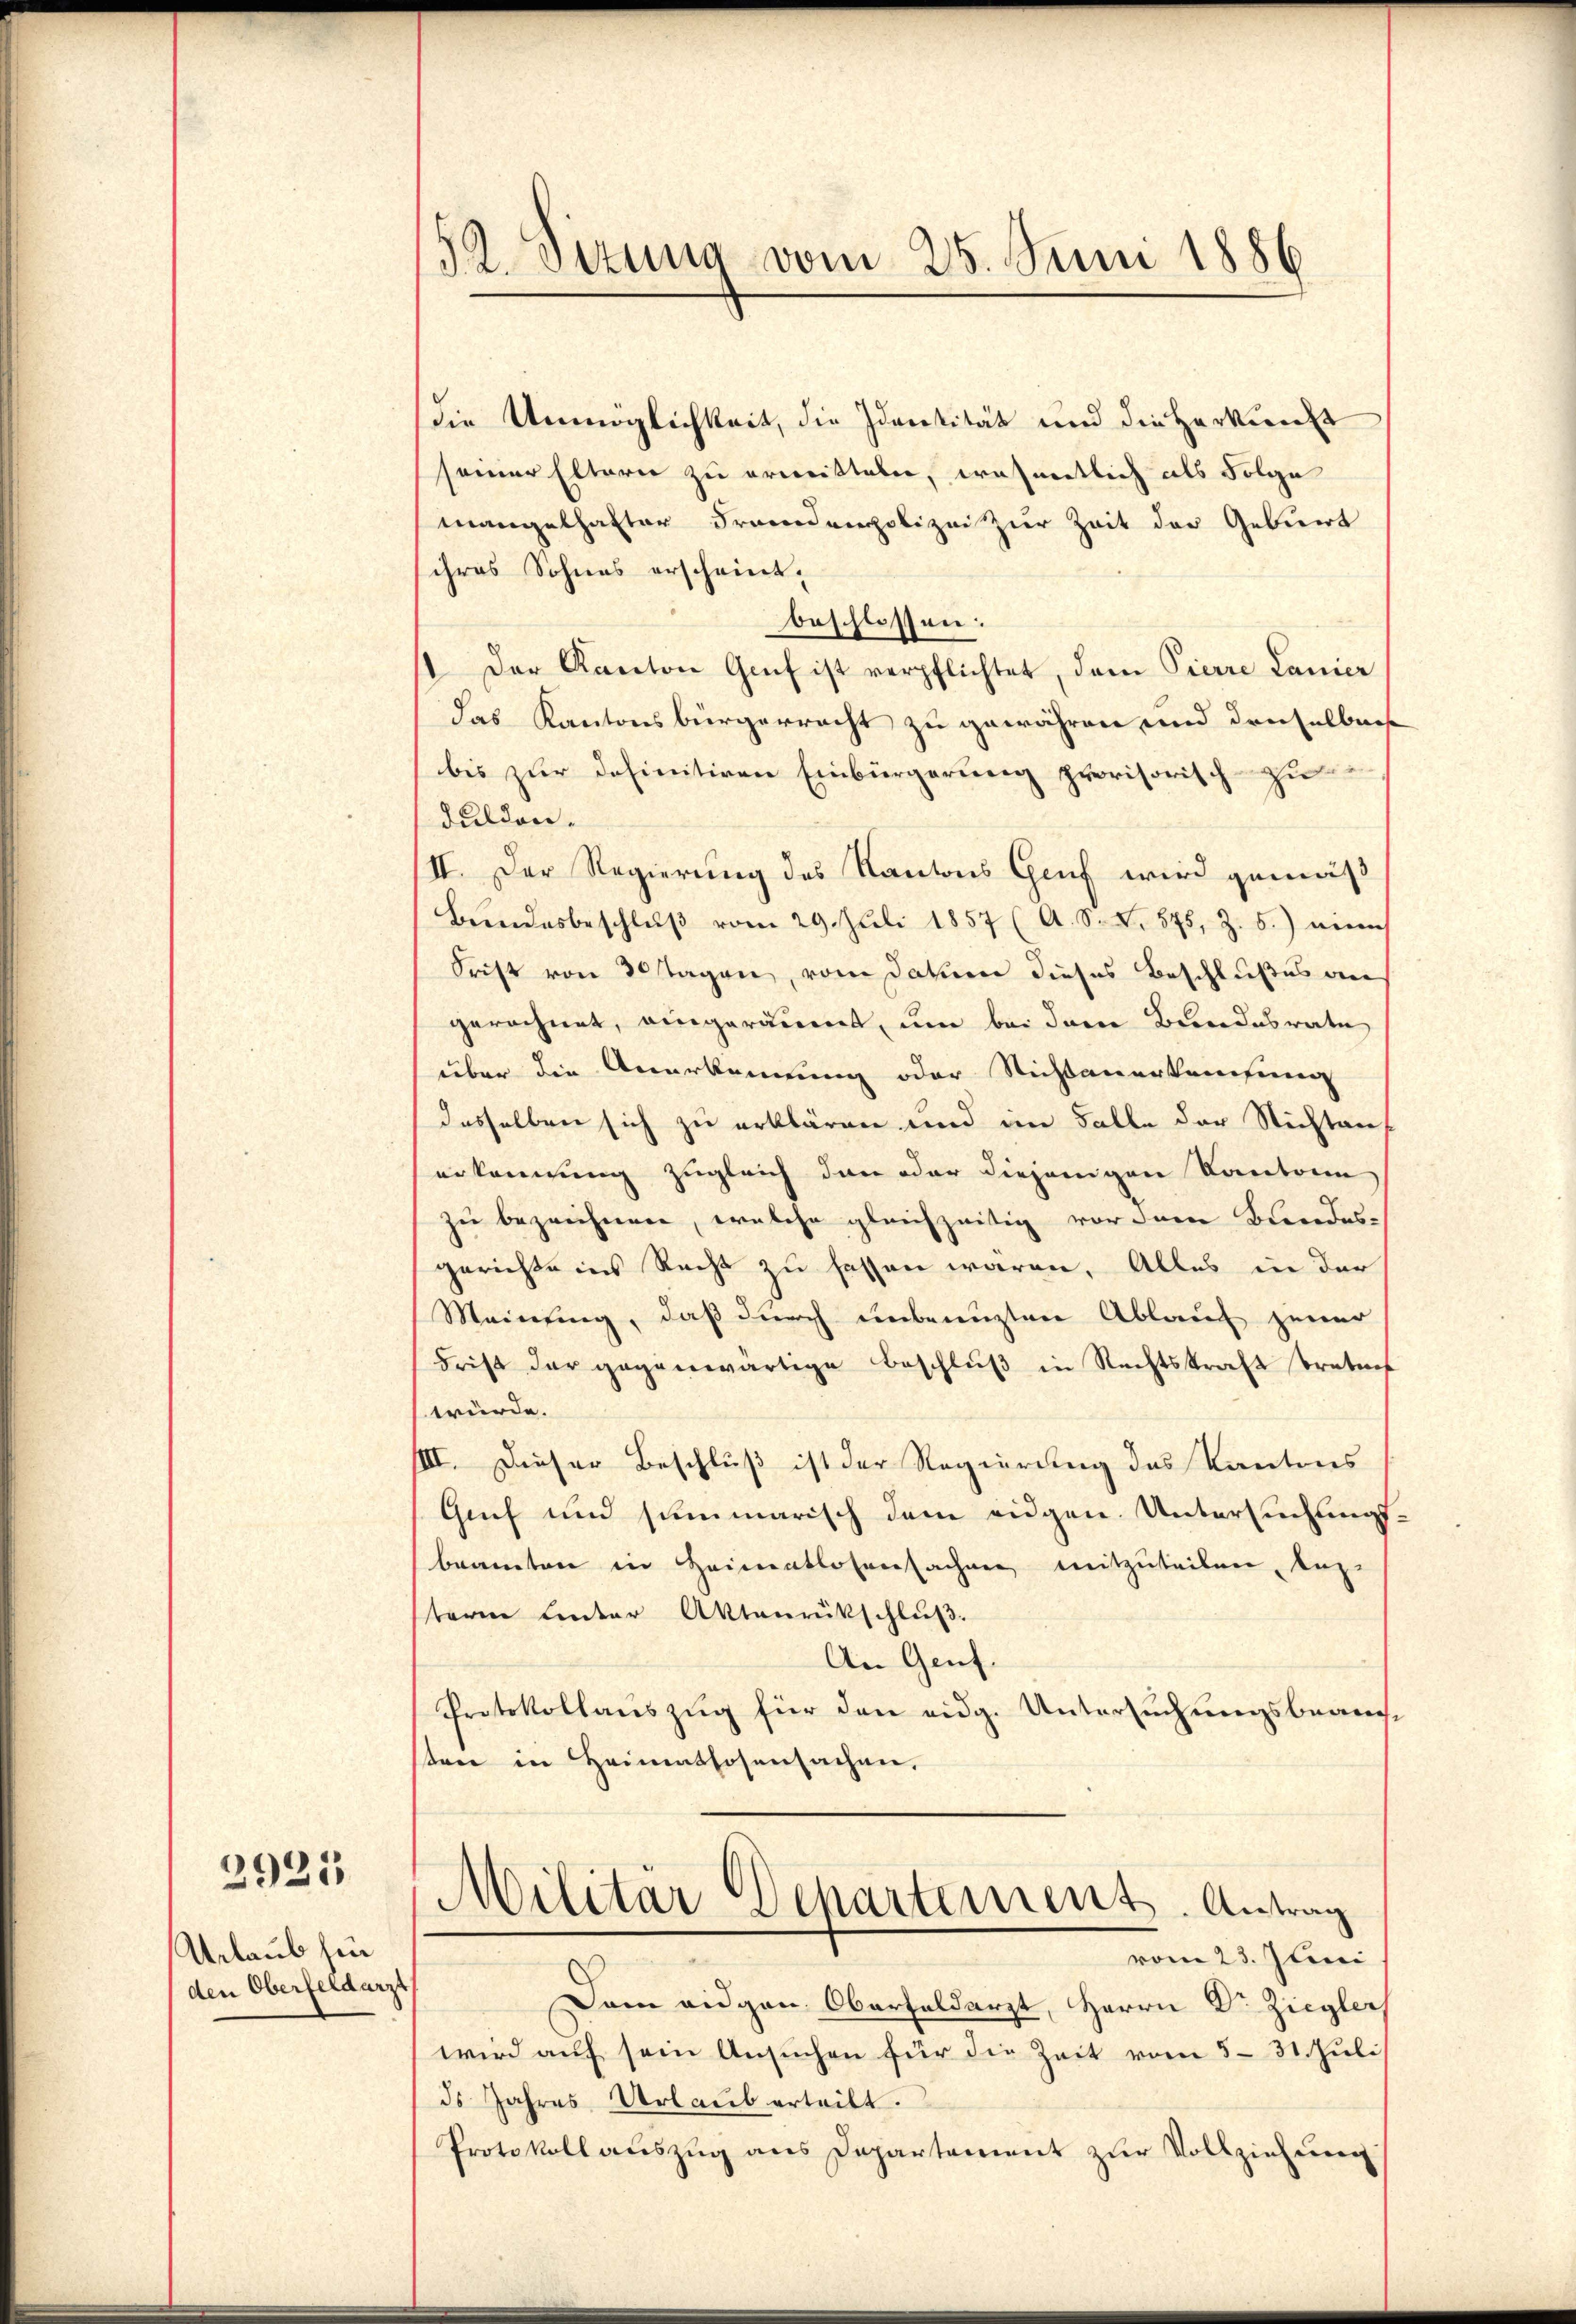
Aerlaub hin
den Oberfeldarzt

2921

52. Sizung vom 25. Juni 1886

die Unmöglichkeit, die Identität und die Herkunft
seiner Eltern zu ermitteten, wesentlich als Folge
mangelhafter Fremdenpolizei zur Zeit der Gebiert
ihres Sohnes erscheint.
beschlossen:
1 Der Kanton Gruf ist verpflichtet, dem Pierre Lanier
das Kantonsbürgerracht zu gewähren und denselbnis
bis zur definitiven Einbürgerung provisorisch-zu
dulden.
II. Der Regierung des Kantons Gruf wird gemäß
Bŭndesbeschlŭβ vom 29. Juli 1857 (A. S. S. 875, Z. 5.) eine
Frist von 30 Tagen, vom Jahm dieses Beschlußes an
gerechnet, eingeräumt, um bei dem Bundesrate
über die Anerkennung oder Nichtanerkaufung
desselben sich zu erklären und im Falle der Stichtan
erkennung zugleich dann oder diejenigen Kontrei
zu bezeichnen, welche gleichzeitig vor dem Bundes-
gerichte ins Recht zu fassen waren. Alles in der
Meinung, daß durch unbenuzten Ablauf jener
Frist der gegenwärtige Beschluß in Rechtskraft trators
würde.
III. Dieser Beschluß ist der Regierung des Kantons
Grf und summarisch dem eidgen. Untersuchungs
beamten in Heimentlosensachen mitzuteilen, bez
term Unter Aktenrückschluß.
An Genf.
Protokollauszug für den eidg. Untersuchungsbean
sten in Heimathosensachen,
Militär Departement. Antrag
vom 23. Juni
Dam eidgen Oberfaldarzt, Herrn Dr. Ziegler
wird auf sein Ansuchen für die Zeit vom 531. Juli
ds Jahres Urlaub erteilt.
Protokoll aŭszŭg ans Departement zŭr Vollziehung